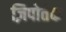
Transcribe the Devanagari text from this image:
ज़िपोतेक